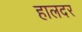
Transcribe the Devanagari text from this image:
हालदर